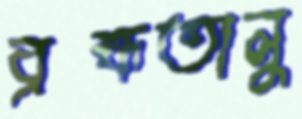
ব্রহ্মতালু